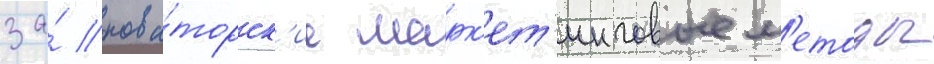
за́ нова́торск'ие марк'ет'инговые м'етоды